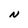
Character: N